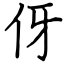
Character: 伢